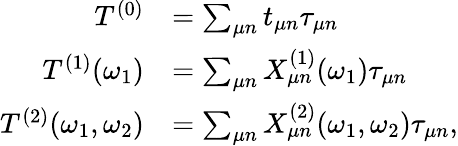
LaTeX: \begin{array}{rl}{T^{(0)}}&{=\sum_{\mu n}t_{\mu n}\tau_{\mu n}}\\ {T^{(1)}(\omega_{1})}&{=\sum_{\mu n}X_{\mu n}^{(1)}(\omega_{1})\tau_{\mu n}}\\ {T^{(2)}(\omega_{1},\omega_{2})}&{=\sum_{\mu n}X_{\mu n}^{(2)}(\omega_{1},\omega_{2})\tau_{\mu n},}\end{array}